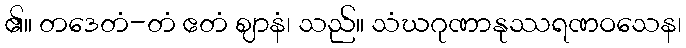
၏။ တဒေတံ-တံ ဧတံ ဈာနံ၊ သည်။ သံဃဂုဏာနုဿရဏဝသေန၊